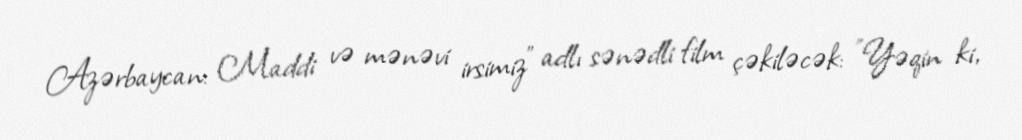
Azərbaycan: Maddi və mənəvi irsimiz" adlı sənədli film çəkiləcək: "Yəqin ki,